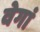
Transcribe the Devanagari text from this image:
वेगां